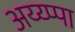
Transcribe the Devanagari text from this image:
अय्य्प्पा